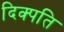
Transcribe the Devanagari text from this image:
दिक्पति